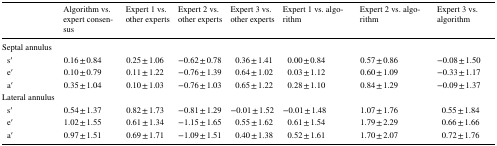
<table><thead><tr><td></td><td><b>Algorithm vs. expert consensus</b></td><td><b>Expert 1 vs. other experts</b></td><td><b>Expert 2 vs. other experts</b></td><td><b>Expert 3 vs. other experts</b></td><td><b>Expert 1 vs. algorithm</b></td><td><b>Expert 2 vs. algorithm</b></td><td><b>Expert 3 vs. algorithm</b></td></tr></thead><tbody><tr><td>Septal annulus</td><td></td><td></td><td></td><td></td><td></td><td></td><td></td></tr><tr><td> s′</td><td>0.16 ± 0.84</td><td>0.25 ± 1.06</td><td>−0.62 ± 0.78</td><td>0.36 ± 1.41</td><td>0.00 ± 0.84</td><td>0.57 ± 0.86</td><td>−0.08 ± 1.50</td></tr><tr><td> e′</td><td>0.10 ± 0.79</td><td>0.11 ± 1.22</td><td>−0.76 ± 1.39</td><td>0.64 ± 1.02</td><td>0.03 ± 1.12</td><td>0.60 ± 1.09</td><td>−0.33 ± 1.17</td></tr><tr><td> a′</td><td>0.35 ± 1.04</td><td>0.10 ± 1.03</td><td>−0.76 ± 1.03</td><td>0.65 ± 1.22</td><td>0.28 ± 1.10</td><td>0.84 ± 1.29</td><td>−0.09 ± 1.37</td></tr><tr><td>Lateral annulus</td><td></td><td></td><td></td><td></td><td></td><td></td><td></td></tr><tr><td> s′</td><td>0.54 ± 1.37</td><td>0.82 ± 1.73</td><td>−0.81 ± 1.29</td><td>−0.01 ± 1.52</td><td>−0.01 ± 1.48</td><td>1.07 ± 1.76</td><td>0.55 ± 1.84</td></tr><tr><td> e′</td><td>1.02 ± 1.55</td><td>0.61 ± 1.34</td><td>−1.15 ± 1.65</td><td>0.55 ± 1.62</td><td>0.61 ± 1.54</td><td>1.79 ± 2.29</td><td>0.66 ± 1.66</td></tr><tr><td> a′</td><td>0.97 ± 1.51</td><td>0.69 ± 1.71</td><td>−1.09 ± 1.51</td><td>0.40 ± 1.38</td><td>0.52 ± 1.61</td><td>1.70 ± 2.07</td><td>0.72 ± 1.76</td></tr></tbody></table>